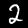
Digit: 2